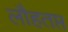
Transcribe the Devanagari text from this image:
लौहतप्त